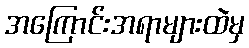
အကြောင်းအရာများထဲမှ